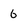
Character: 6